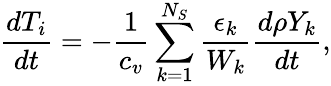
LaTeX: \frac{dT_{i}}{dt}=-\frac{1}{c_{v}}\sum_{k=1}^{N_{S}}\frac{\epsilon_{k}}{W_{k}}\frac{d\rho Y_{k}}{dt},